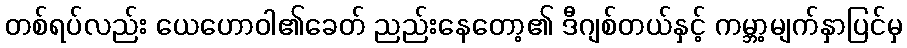
တစ်ရပ်လည်း ယေဟောဝါ၏ခေတ် ညည်းနေတော့၏ ဒီဂျစ်တယ်နှင့် ကမ္ဘာ့မျက်နှာပြင်မှ